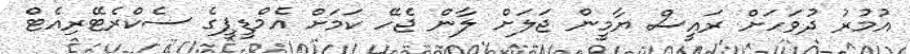
އުމުރު ދުވަހަށް ރައީސް ޔާމީން ޖަލަށް ލާން ޖެހޭ ކަމަށް އެމްޑީޕީގެ ސެކްރެޓޭރިއެޓް